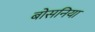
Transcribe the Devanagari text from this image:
बोसनिया